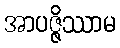
အာပဇ္ဇိဿာမ